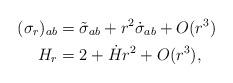
LaTeX: \begin{align*}(\sigma_r)_{ab} &= \tilde\sigma_{ab} + r^2 \dot{\sigma}_{ab} + O(r^3)\\H_r &= 2 + \dot{H} r^2 + O(r^3),\end{align*}